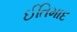
ઈતિમાદ